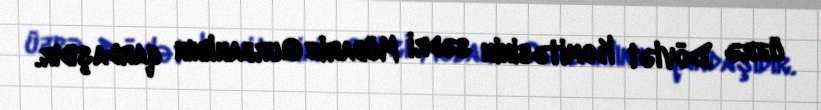
üzrə Dövlət Komitəsinin sədri Mübariz Qurbanlının qardaşıdır.